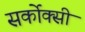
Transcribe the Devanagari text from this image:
सर्कोक्सी